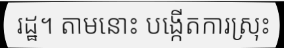
រដ្ឋ។ តាមនោះ បង្កើតការស្រុះ